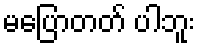
မပြောတတ် ပါဘူး